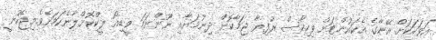
އަވަހަކަށް އޭނާގެ އެކައުންޓަށް ވިހިހާސް ރުފިޔާ ޖަމާކޮށް ދިނުމަށާއި ނޫންނަމަ ވީޑިއޯ ލީކްކޮށްލާނެކަމަށެވެ.މިޖެހުނީ